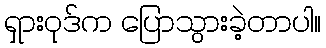
ရှားဝုဒ်က ပြောသွားခဲ့တာပါ။